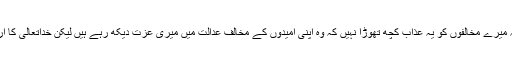
(فرماتے ہیں کہ) مَیں اس وقت خیال کرتا تھا کہ میرے مخالفوں کو یہ عذاب کچھ تھوڑا نہیں کہ وہ اپنی امیدوں کے مخالف عدالت میں میری عزت دیکھ رہے ہیں لیکن خداتعالیٰ کا ارادہ تھا کہ اس سے بھی زیادہ ان کو رسوا کرے۔